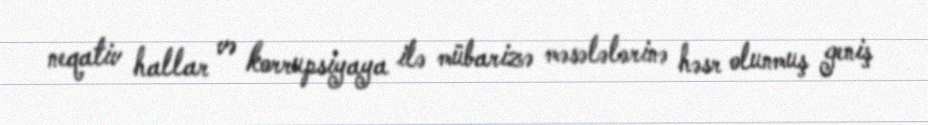
neqativ hallar və korrupsiyaya ilə mübarizə məsələlərinə həsr olunmuş geniş